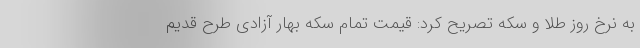
به نرخ روز طلا و سکه تصریح کرد: قیمت تمام سکه بهار آزادی طرح قدیم